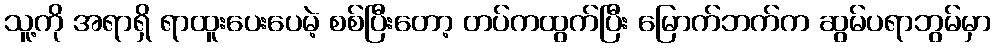
သူ့ကို အရာရှိ ရာထူးပေးပေမဲ့ စစ်ပြီးတော့ တပ်ကထွက်ပြီး မြောက်ဘက်က ဆွမ်ပရာဘွမ်မှာ